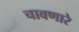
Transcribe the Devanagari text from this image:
चावणारे